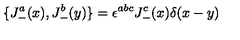
\{ J _ { - } ^ { a } ( x ) , J _ { - } ^ { b } ( y ) \} = \epsilon ^ { a b c } J _ { - } ^ { c } ( x ) \delta ( x - y )